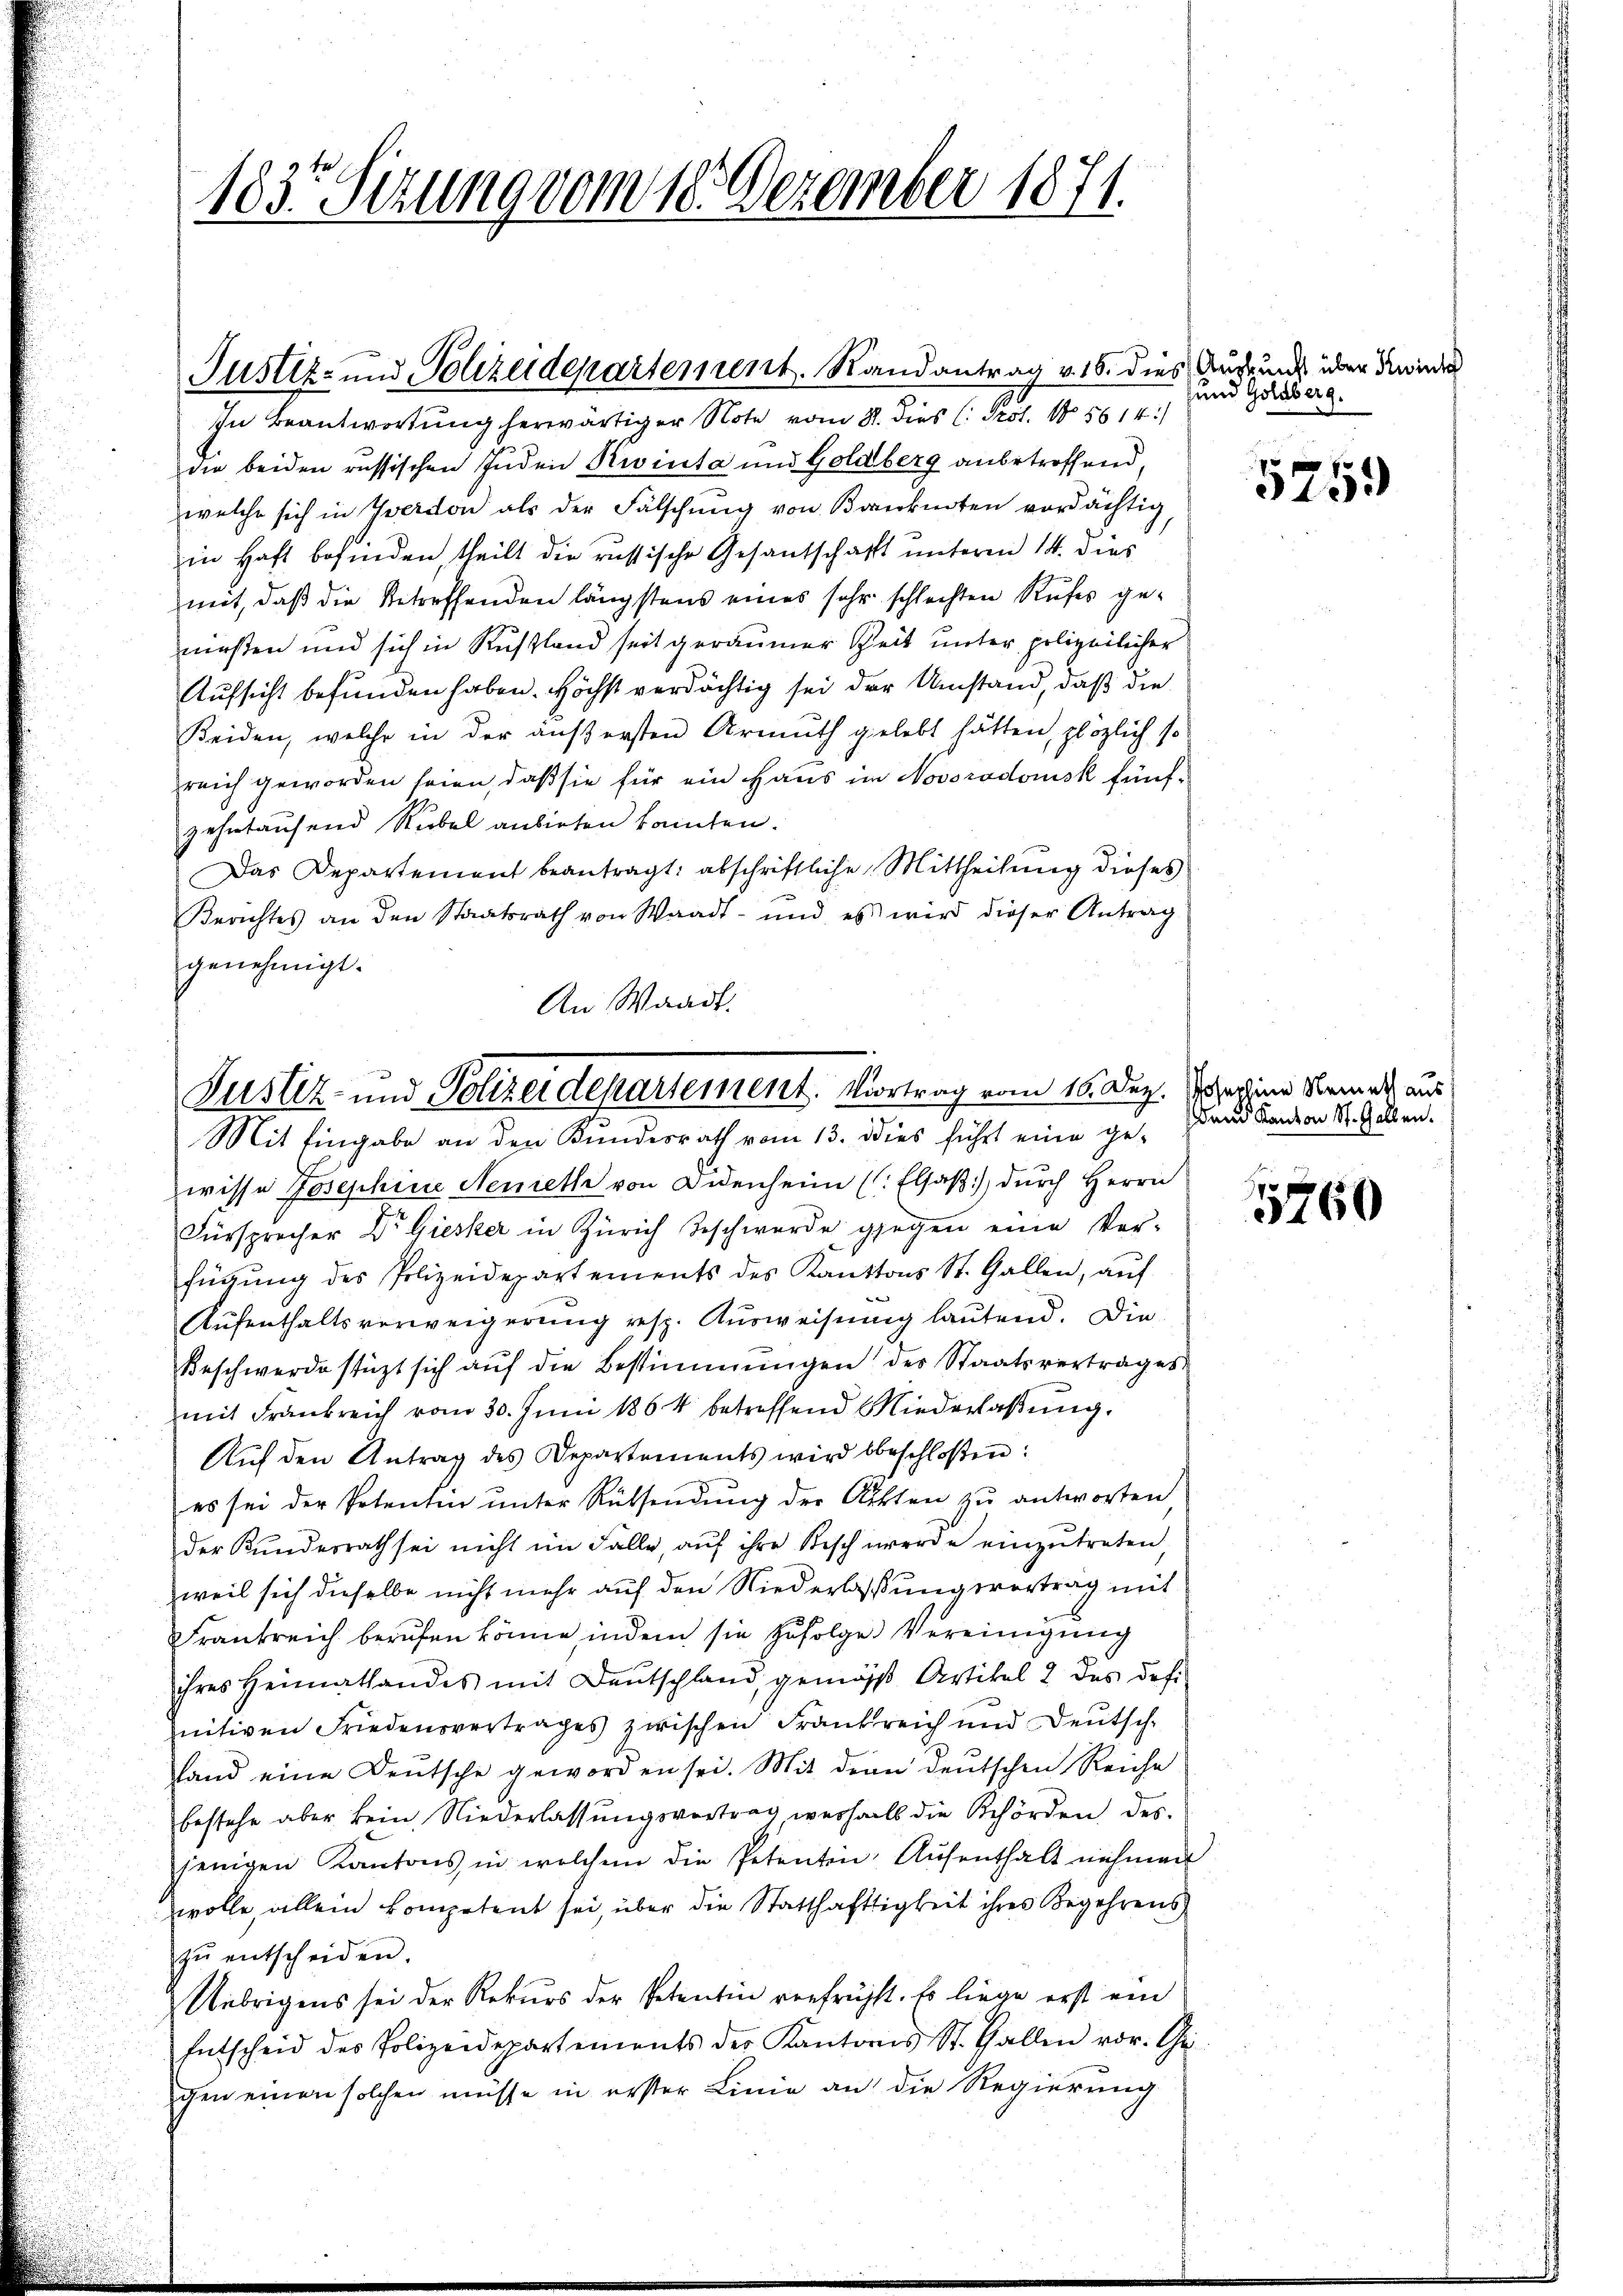
183. Sezung vom 18. Dezember 1871.

In Beantwortung herwärtiger Note vom 8. dies (: Prot. 105614:
die beiden russischen Juden Rivinta und Goldberg anbetreffend,
welche sich in Yverdon als der Fälschung von Banknoten vordächtig,
in Haft befinden, theilt die russische Gesantschaft unterm 14. dies
mit, daß die Betreffenden längstens eines sehr schlechten Rufes ge-
miesten und sich in Russland seit geräumer Zeit unter polizeilicher
Aufsicht befunden haben. Höchst verdächtig sei der Umstand, daß die
Keiden, welche in der äußersten Armuth gelebt hätten, plözlich so
reich geworden seien, daß sie für ein Haus im Novoradomsk fünfzehntausend Rubel anbieten konnten.
Das Departement beantragt: abschriftliche Mittheilung dieses
Berichtes an den Staatsrath von Waadt- und es wird dieser Antrag
genehmigt.
An Waadt.

Justiz- und Polizeidepartement. Randantrag v. 16. dies Ausrund der Kinde

Justiz- und Polizeidepartement. Vortrag vom 16. Dez. Josephine Nament aus
Mit Eingabe an den Kundesrath vom 13. dies führt eine ge-

wisse Josephine Nemeth von Didenheim (: Elsaß) durch Herrn
Fürsprecher Dr. Giesker in Zürich Beschwerde gegen eine Ver-
fügŭng des Polizeidepartements des Kantons St. Gallen, aŭf
Aufenthaltsverweigerung resp. Ausweisung lautend. Die
Beschwerde stüzt sich auf die Bestimmungen des Staatsvertrages
mit Frankreich vom 30. Juni 1864 betreffend Niederlaßung.
Aŭf den Antrag des Departements wird beschloßen:
es sei der Potentin unter Rütsendung der Akten zu antworten
der Kundesrath sei nicht im Falle, auf ihre Bisch werde einzutreten,
weil sich dieselbe nicht mehr auf den Niederlaßung vortrag mit
Frankreich berufen könne, indem sie zufolge Vereinigung
ihres Heimathandes mit Deutschland, gemäß Artikel 2 des des
nitiven Friedensvertrages zwischen Frankreich und Deutsch
land eine Deutsche geworden sei. Mit dem deutschen Reiche
bestehe aber kein Niederlassŭngsvortrag weshalls die Behörden des
jenigen Kantons in welchem die Petenten Aŭfenthalt nehmen
wolle, allein kompetent sei, über die Statthaftigkeit ihres Begehrens
zŭ entscheiden.
Uebrigens sei der Rekurs der Petentin verfrühst. Es liege erst ein
Entscheid des Polizeidepartements der Kantons St. Gallen vor. Chr.
gen einen solchen müsse in erster Linie an die Regierung

und Goldberg.

5759

den Kanton St. Gallen.

5760